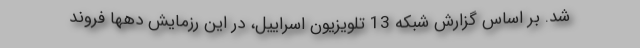
شد. بر اساس گزارش شبکه 13 تلویزیون اسراییل، در این رزمایش دهها فروند